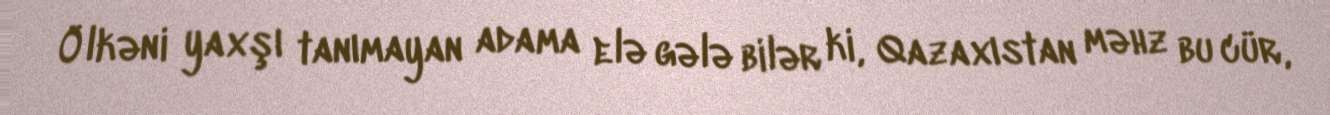
Ölkəni yaxşı tanımayan adama elə gələ bilər ki, Qazaxıstan məhz bu cür,